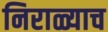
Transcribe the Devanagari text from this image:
निराळ्याच